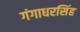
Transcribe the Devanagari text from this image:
गंगाधरसिंह